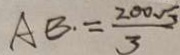
A B . = \frac { 2 0 0 \sqrt { 3 } } { 3 }